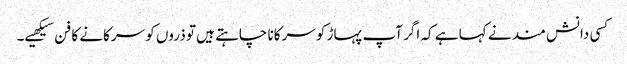
کسی دانش مند نے کہا ہے کہ اگر آپ پہاڑ کو سرکانا چاہتے ہیں تو ذروں کو سرکانے کا فن سیکھیے۔